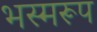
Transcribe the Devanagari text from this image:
भस्मरूप